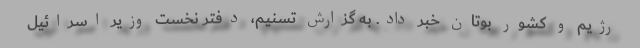
رژیم و کشور بوتان خبر داد. به گزارش تسنیم، دفتر نخست وزیر اسرائیل